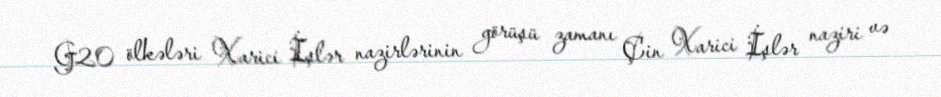
G20 ölkələri Xarici İşlər nazirlərinin görüşü zamanı Çin Xarici İşlər naziri və